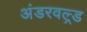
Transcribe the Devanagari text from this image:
अंडरवल्र्ड